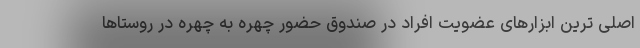
اصلی ترین ابزارهای عضویت افراد در صندوق حضور چهره به چهره در روستاها